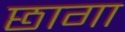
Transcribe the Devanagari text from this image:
छागा